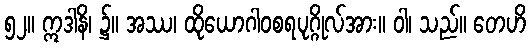
၅၂။ ဣဒါနိ၊ ၌။ အဿ၊ ထိုယောဂါဝစရပုဂ္ဂိုလ်အား။ ဝါ၊ သည်။ တေဟိ